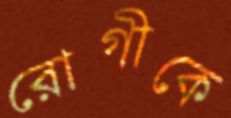
রোগীকে